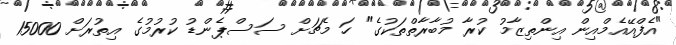
"އެފްއޭއެމްއިން އިންތިޒާމު ކުރާ މުބާރާތްތަކުގެ" ހަ މެޗަށް ސަސްޕެންޑު ކުރުމުގެ އިތުރަށް 15000